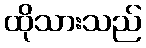
ထိုသားသည်